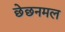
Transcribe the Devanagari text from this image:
छेछनमल